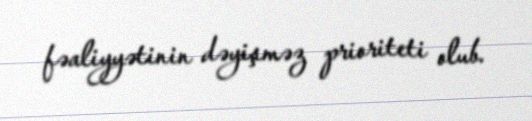
fəaliyyətinin dəyişməz prioriteti olub.